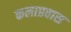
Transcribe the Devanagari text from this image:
कलाप्रवास